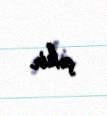
çəkir.